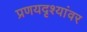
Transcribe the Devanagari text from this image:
प्रणयदृश्यांवर